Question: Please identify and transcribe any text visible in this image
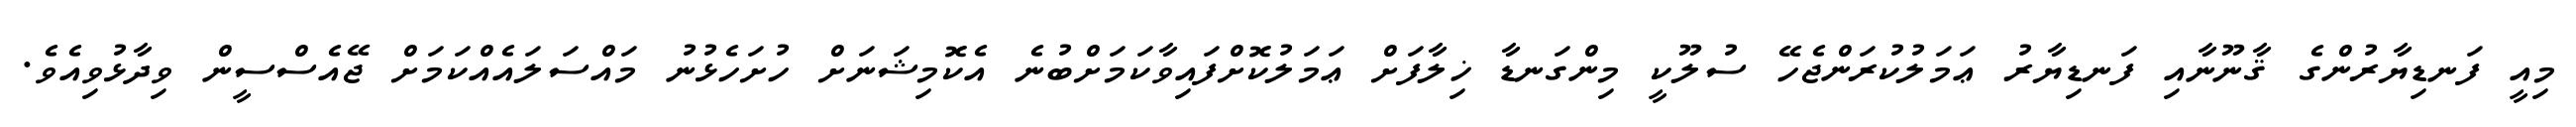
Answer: މިއީ ފަނޑިޔާރުންގެ ޤާނޫނާއި ފަނޑިޔާރު ޢަމަލުކުރަންޖެހޭ ސުލޫކީ މިންގަނޑާ ޚިލާފަށް ޢަމަލުކޮށްފައިވާކަމަށްބުނެ އެކޮމިޝަނަށް ހުށަހެޅުނު މައްސަލައެއްކަމަށް ޖޭއެސްސީން ވިދާޅުވިއެވެ.